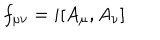
LaTeX: f _ { \mu \nu } = i [ A _ { \mu } , A _ { \nu } ]